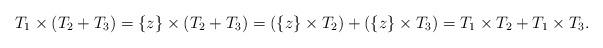
LaTeX: \begin{align*}T_1 \times (T_2 +T_3)=\{z\} \times (T_2+T_3) = (\{z\}\times T_2)+(\{z\}\times T_3)=T_1\times T_2 +T_1 \times T_3. \end{align*}